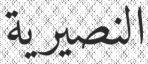
النصيرية